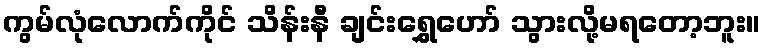
ကွမ်လုံလောက်ကိုင် သိန်းနီ ချင်းရွှေဟော် သွားလို့မရတော့ဘူး။